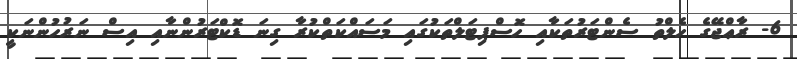
6- ރާޢްޖޭގެ ހެލްތު ސެންޓަރުތަކާއި ހޮސްޕިޓަލްތަކުގައި މަސައްކަތްކުރާ ގިނަ ޑޮކްޓަރުންނާއި އިސް ނަރުހުންނަކީ